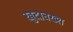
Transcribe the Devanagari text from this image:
खुदाबख्श